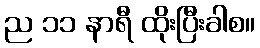
ည ၁၁ နာရီ ထိုးပြီးခါစ။